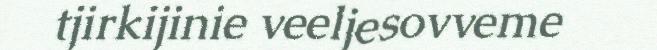
tjirkijinie veeljesovveme